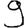
Digit: 9